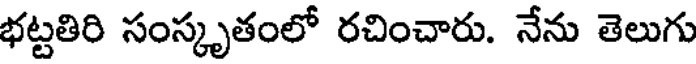
భట్టతిరి సంస్కృతంలో రచించారు. నేను తెలుగు